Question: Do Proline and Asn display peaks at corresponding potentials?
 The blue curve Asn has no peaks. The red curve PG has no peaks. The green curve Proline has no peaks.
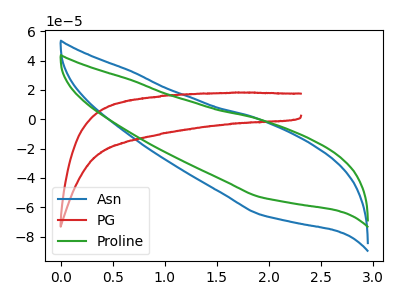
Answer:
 <answer>Niether CV has any peaks.</answer>
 <eval>blanks</eval>